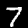
Digit: 7